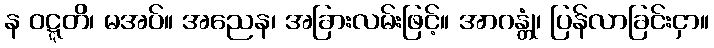
န ဝဋ္ဋတိ၊ မအပ်။ အညေန၊ အခြားလမ်းဖြင့်။ အာဂန္တုံ၊ ပြန်လာခြင်းငှာ။